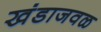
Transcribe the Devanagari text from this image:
खंडाजवळ